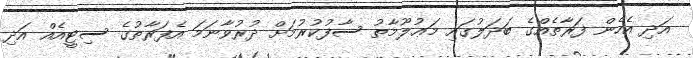
އަދި އެހެން ފަރާތެއްގެ ބަދަލުގައި މަޢުލޫމާތު ސާފުކުރުމަށް ދުރުވާނަމަ އެފަރާތުގެ ސިޓީއެއް އަދި